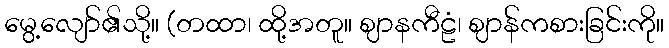
မွေ့လျော်၏သို့။ (တထာ၊ ထို့အတူ။ ဈာနကီဠံ၊ ဈာန်ကစားခြင်းကို။